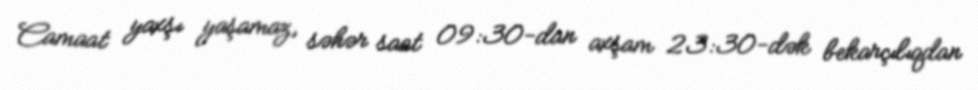
Camaat yaxşı yaşamaz, səhər saat 09:30-dan axşam 23:30-dək bekarçılıqdan